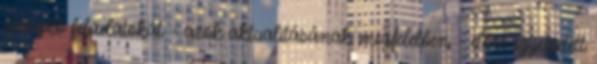
szereplő feladatokat - azok aktualitásának megfelelően - előre egyeztetett